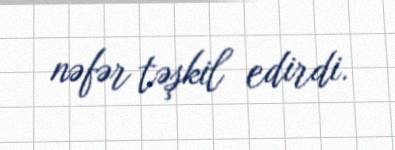
nəfər təşkil edirdi.